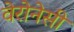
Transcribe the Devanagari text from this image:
वेरोनेसी